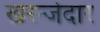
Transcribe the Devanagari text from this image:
खरन्जेदार